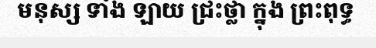
មនុស្ស ទាំង ឡាយ ជ្រះថ្លា ក្នុង ព្រះពុទ្ធ